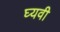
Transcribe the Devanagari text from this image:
घ्यवी